Civil Veterinary Department. Madras. Admin. report 1926-33 - 1926-1933
Year: 1926
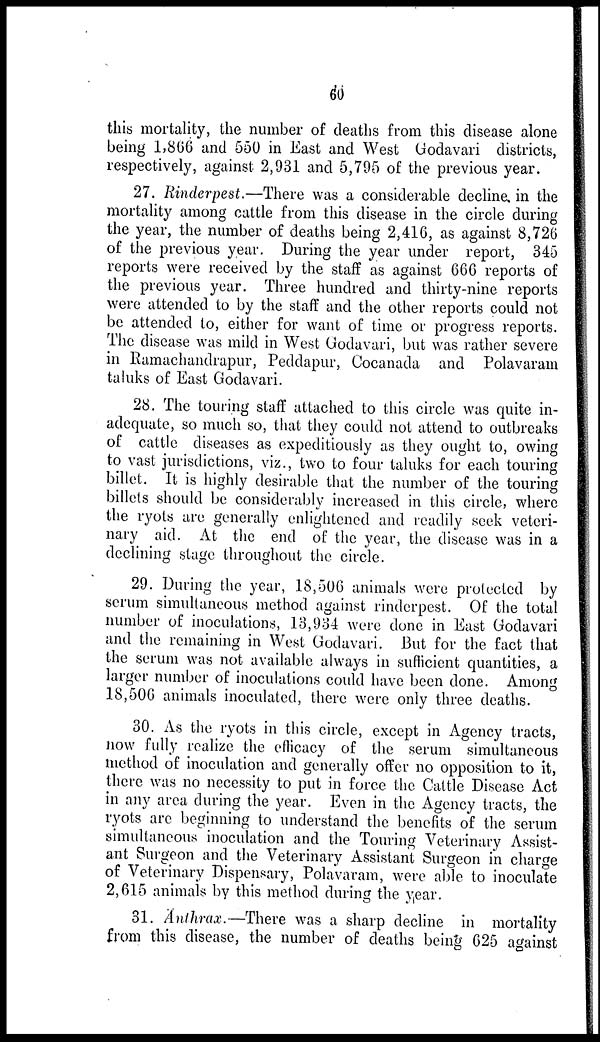
60
this mortality, the number of deaths from this disease alone
being 1,866 and 550 in East and West Godavari districts,
respectively, against 2,931 and 5,795 of the previous year.
27. Rinderpest.—There was a considerable decline, in the
mortality among cattle from this disease in the circle during
the year, the number of deaths being 2,416, as against 8,726
of the previous year. During the year under report, 345
reports were received by the staff as against 666 reports of
the previous year. Three hundred and thirty-nine reports
were attended to by the staff and the other reports could not
be attended to, either for want of time or progress reports.
The disease was mild in West Godavari, but was rather severe
in Ramachandrapur, Peddapur, Cocanada and Polavaram
taluks of East Godavari.
28. The touring staff attached to this circle was quite in-
adequate, so much so, that they could not attend to outbreaks
of cattle diseases as expeditiously as they ought to, owing
to vast jurisdictions, viz., two to four taluks for each touring
billet. It is highly desirable that the number of the touring
billets should be considerably increased in this circle, where
the ryots are generally enlightened and readily seek veteri-
nary aid. At the end of the year, the disease was in a
declining stage throughout the circle.
29. During the year, 18,506 animals were protected by
serum simultaneous method against rinderpest. Of the total
number of inoculations, 13,934 were done in East Godavari
and the remaining in West Godavari. But for the fact that
the serum was not available always in sufficient quantities, a
larger number of inoculations could have been done. Among
18,506 animals inoculated, there were only three deaths.
30. As the ryots in this circle, except in Agency tracts,
now fully realize the efficacy of the serum simultaneous
method of inoculation and generally offer no opposition to it,
there was no necessity to put in force the Cattle Disease Act
in any area during the year. Even in the Agency tracts, the
ryots are beginning to understand the benefits of the serum
simultaneous inoculation and the Touring Veterinary Assist-
ant Surgeon and the Veterinary Assistant Surgeon in charge
of Veterinary Dispensary, Polavaram, were able to inoculate
2,615 animals by this method during the year.
31. Anthrax.—There was a sharp decline in mortality
from this disease, the number of deaths being 625 against